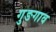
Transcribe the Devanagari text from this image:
गुङगाव